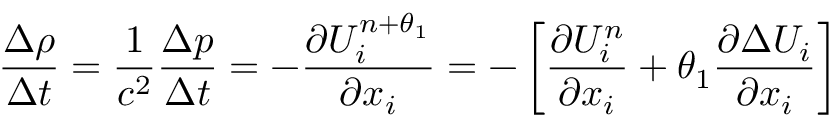
\frac { \Delta \rho } { \Delta t } = \frac { 1 } { { { c } ^ { 2 } } } \frac { \Delta p } { \Delta t } = - \frac { \partial U _ { i } ^ { n + \theta _ { 1 } } } { \partial { { x } _ { i } } } = - \left[ \frac { \partial U _ { i } ^ { n } } { \partial { { x } _ { i } } } + \theta _ { 1 } \frac { \partial \Delta { { U } _ { i } } } { \partial { { x } _ { i } } } \right]